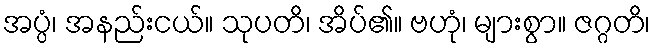
အပ္ပံ၊ အနည်းငယ်။ သုပတိ၊ အိပ်၏။ ဗဟုံ၊ များစွာ။ ဇဂ္ဂတိ၊